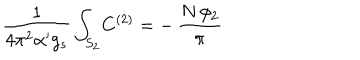
LaTeX: \frac { 1 } { 4 \pi ^ { 2 } \alpha ^ { \prime } g _ { s } } \int _ { S _ { 2 } } \! C ^ { ( 2 ) } = - \, \frac { N \, \phi _ { 2 } } { \pi }